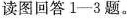
读图回答1—3题。